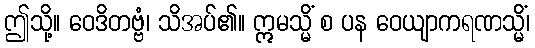
ဤသို့။ ဝေဒိတဗ္ဗံ၊ သိအပ်၏။ ဣမသ္မိံ စ ပန ဝေယျာကရဏသ္မိံ၊